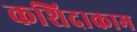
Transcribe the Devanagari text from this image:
कशिदाकाम